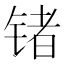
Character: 锗